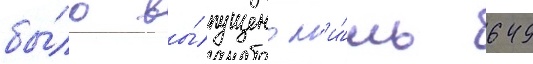
бы́ло вы́пущено л'и́шь 649